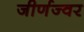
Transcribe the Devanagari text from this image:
जीर्णज्वर